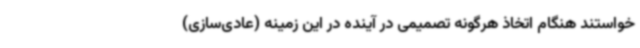
خواستند هنگام اتخاذ هرگونه تصمیمی در آینده در این زمینه (عادی‌سازی)